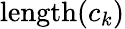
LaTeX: \mathrm{length}(c_{k})